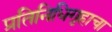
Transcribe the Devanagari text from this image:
प्रतिनिधिगृहाचा